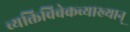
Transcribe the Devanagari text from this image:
व्यक्तिविवेकव्याख्यान्‌